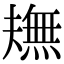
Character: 𤏠